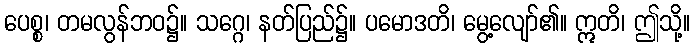
ပေစ္စ၊ တမလွန်ဘဝ၌။ သဂ္ဂေ၊ နတ်ပြည်၌။ ပမောဒတိ၊ မွေ့လျော်၏။ ဣတိ၊ ဤသို့။